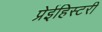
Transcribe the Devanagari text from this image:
प्रेईहिस्टरी